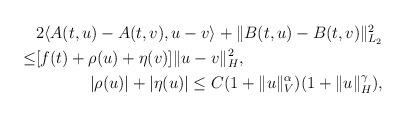
LaTeX: \begin{align*} \begin{aligned}& 2 \langle A(t,u)-A(t,v), u-v \rangle + \Vert B(t,u)-B(t,v)\Vert_{L_2}^2 \\\leq & [f(t)+ \rho(u)+\eta(v) ] \Vert u-v\Vert_{H}^2 , \\\end{aligned}\\ |\rho(u)|+|\eta(u)| \leq C (1+ \Vert u\Vert_V^{\alpha} )(1+\Vert u\Vert_H^{\gamma}),\end{align*}